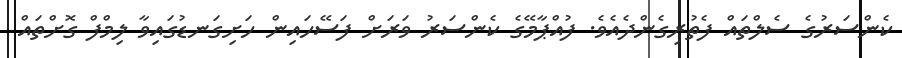
ކެންސަރުގެ ސެލްތައް ފެތުރިގެންދެއެވެ. ފުއްޕާމޭގެ ކެންސަރު ވަރަށް ފަސޭހައިން ހަށިގަނޑުގައިވާ ލިމްފް ގޮށްތައް